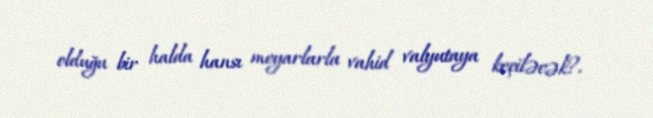
olduğu bir halda hansı meyarlarla vahid valyutaya keçiləcək?.